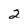
Character: 2